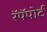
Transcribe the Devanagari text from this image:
रॅपॅपोर्ट